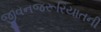
જીવનજરૂરિયાતની